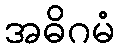
အဓိဂမံ